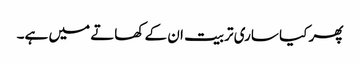
پھر کیا ساری تربیت ان کے کھاتے میں ہے۔